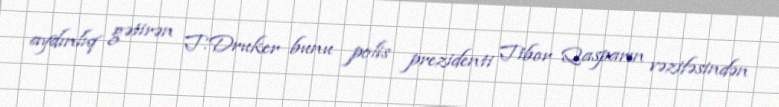
aydınlıq gətirən T.Druker bunu polis prezidenti Tibor Qasparın vəzifəsindən